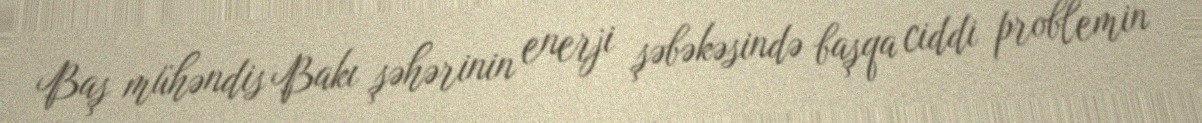
Baş mühəndis Bakı şəhərinin enerji şəbəkəsində başqa ciddi problemin